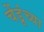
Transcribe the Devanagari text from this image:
चेंडूंच्या